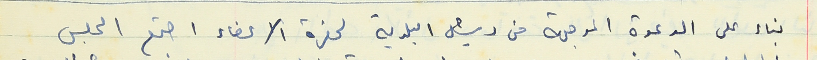
بناء على الدعوة الموجهة من رئيس البلدية لحضرة الاعضاء اجتمع المجلس